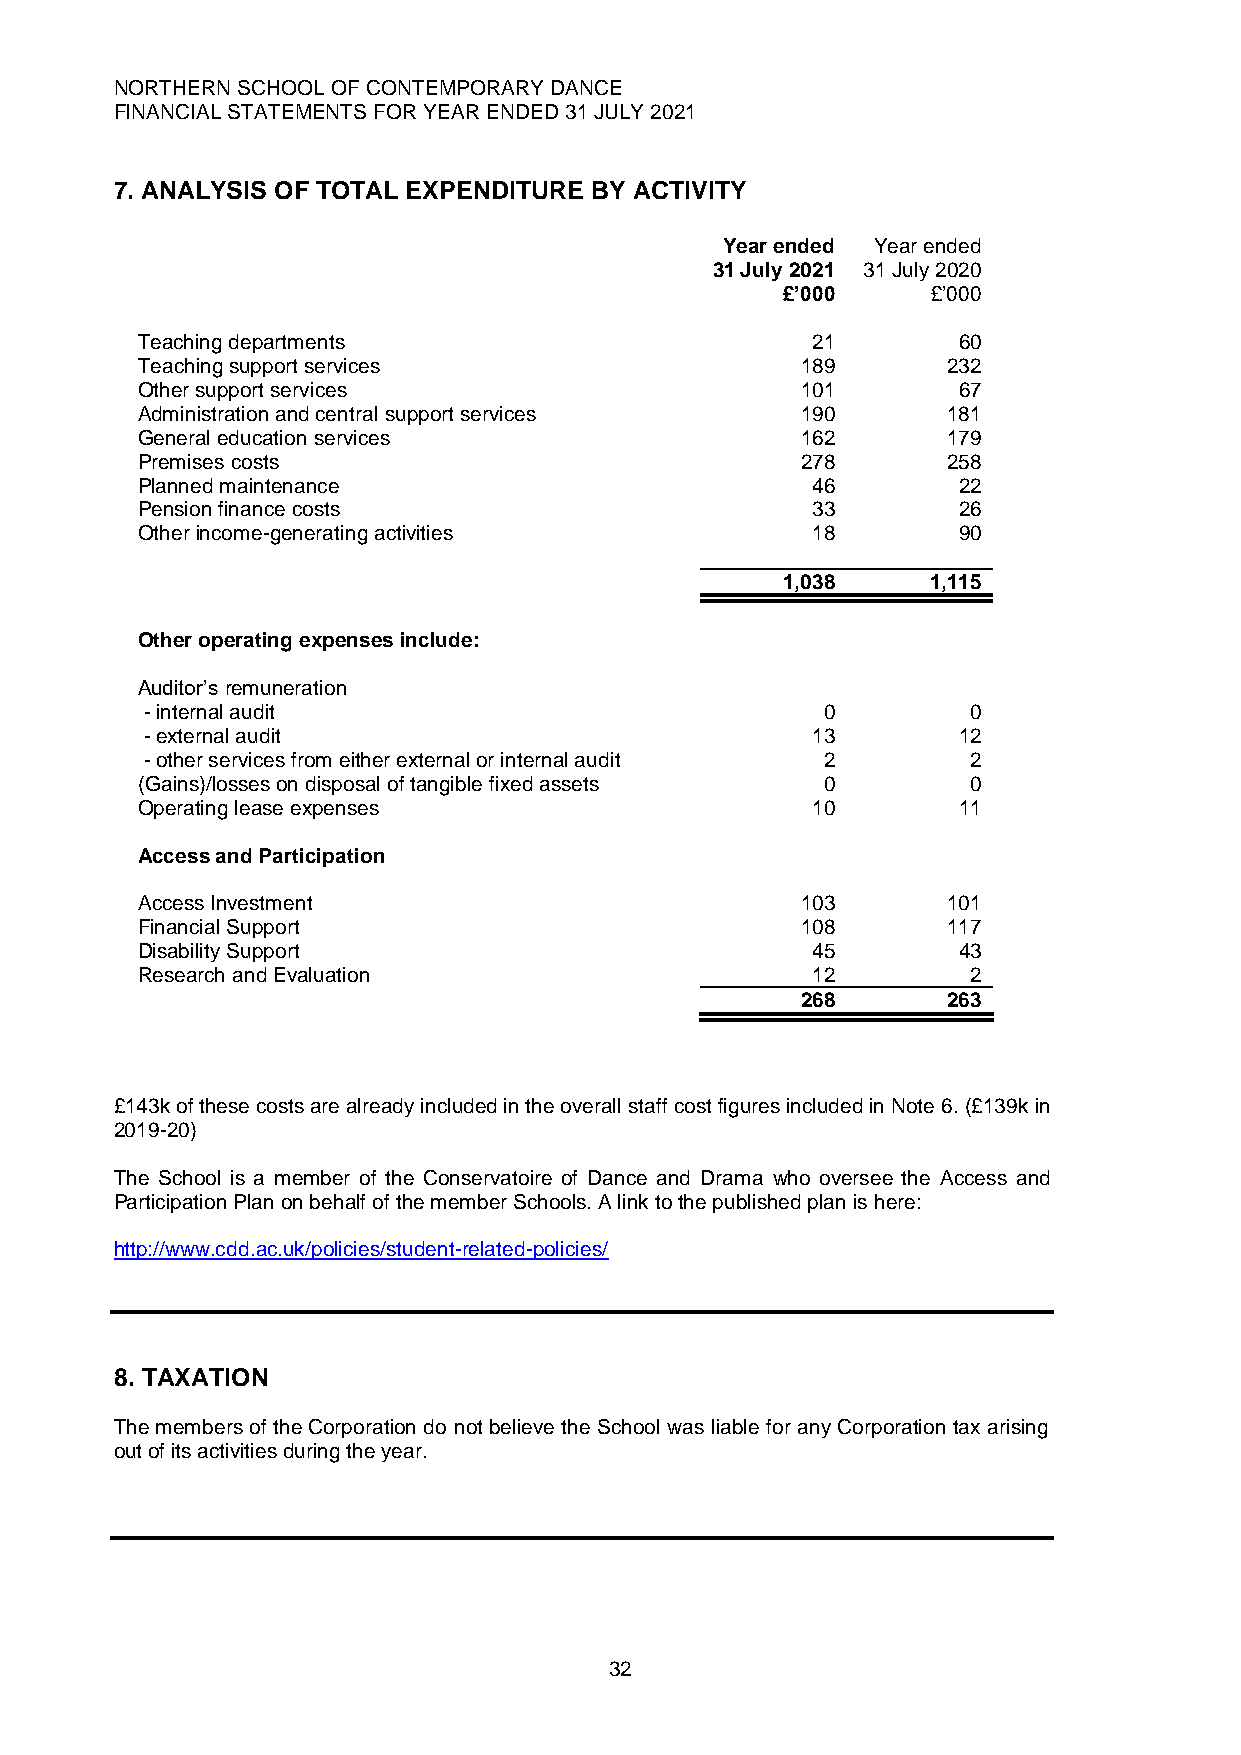
NORTHERN SCHOOL OF CONTEMPORARY DANCE
 FINANCIAL STATEMENTS FOR YEAR ENDED 31 JULY 2021
 7. ANALYSIS OF TOTAL EXPENDITURE BY ACTIVITY
 Year ended Year ended
 31 July 2021 31 July 2020
 £’000     £’000
 Teaching departments                         21       60
 Teaching support services                   189       232
 Other support services                      101       67
 Administration and central support services 190       181
 General education services                  162       179
 Premises costs                              278       258
 Planned maintenance                          46       22
 Pension finance costs                        33       26
 Other income-generating activities           18       90
 1,038     1,115
 Other operating expenses include:
 Auditor’s remuneration
 - internal audit                             0        0
 - external audit                            13       12
 - other services from either external or internal audit 2 2
 (Gains)/losses on disposal of tangible fixed assets 0  0
 Operating lease expenses                     10       11
 Access and Participation
 Access Investment                           103       101
 Financial Support                           108       117
 Disability Support                           45       43
 Research and Evaluation                      12        2
 268       263
 £143k of these costs are already included in the overall staff cost figures included in Note 6. (£139k in
 2019-20)
 The School is a member of the Conservatoire of Dance and Drama who oversee the Access and
 Participation Plan on behalf of the member Schools. A link to the published plan is here:
 http://www.cdd.ac.uk/policies/student-related-policies/
 8. TAXATION
 The members of the Corporation do not believe the School was liable for any Corporation tax arising
 out of its activities during the year.
 32